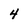
Character: 4